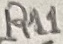
Text: R11